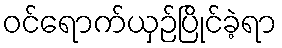
ဝင်ရောက်ယှဉ်ပြိုင်ခဲ့ရာ